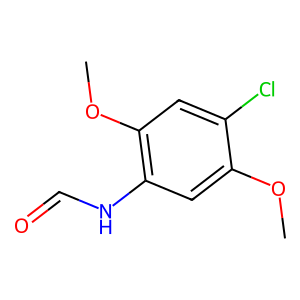
SMILES: COc1cc(NC=O)c(OC)cc1Cl
Inhibits HIV replication: No